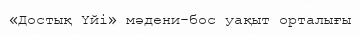
«Достық Үйі» мәдени-бос уақыт орталығы